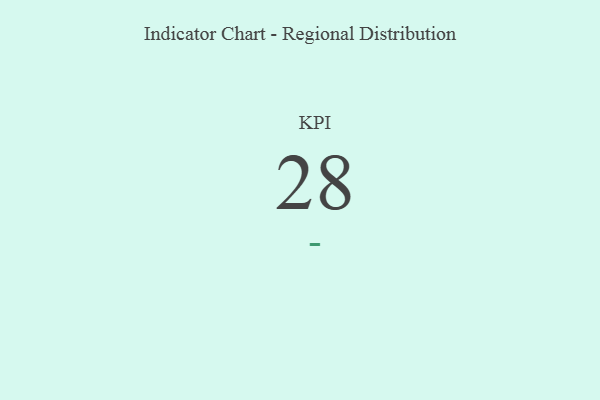
{"axis": {"x": "KPI", "y": "Value"}, "legend": [""], "data": [{"x": "KPI", "y": 28, "type": ""}]}